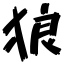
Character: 狼